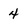
Character: 4